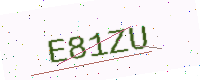
Text: E81ZU